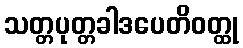
သတ္တပုတ္တခါဒပေတိဝတ္ထု